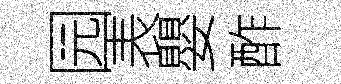
园表嬰酢